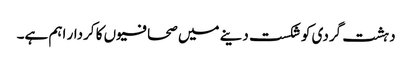
دہشت گردی کو شکست دینے میں صحافیوں کا کردار اہم ہے۔